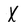
Character: X